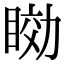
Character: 𥇟